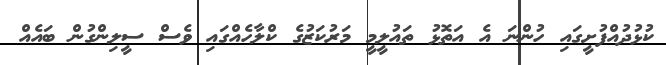
ކުޅުދުއްފުށީގައި ހުންނަ އެ އަތޮޅު ތައުލީމީ މަރުކަޒުގެ ކްލާހެއްގައި ވެސް ސީލިންގުން ބައެއް